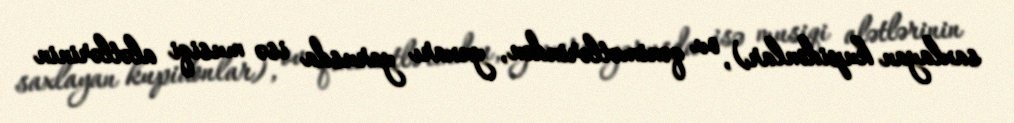
saxlayan kupidonlar), ov qənimətlərindən, yuxarı yarusda isə musiqi alətlərinin